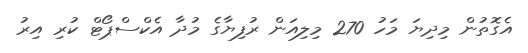
އެގޮތުން މިދިޔަ މަހު 270 މިލިއަން ރުފިޔާގެ މުދާ އެކްސްޕޯޓް ކުރި އިރު